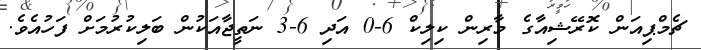
ޗެމްޕިއަން ކޮރޭޝިއާގެ މާރިން ކިލިކް 6-0 އަދި 6-3 ނަތީޖާއަކުން ބަލިކުރުމަށް ފަހުއެވެ.